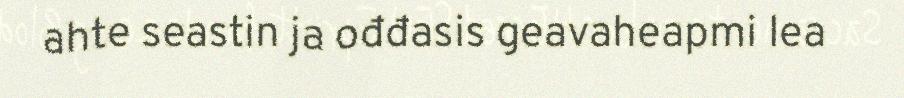
ahte seastin ja ođđasis geavaheapmi lea